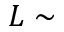
L \sim